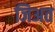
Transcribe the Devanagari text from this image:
जिअत